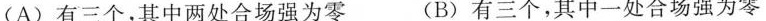
(A)有三个，其中两处合场强为零 (B)有三个，其中一处合场强为零